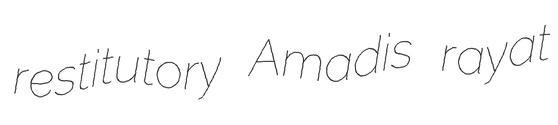
restitutory Amadis rayat